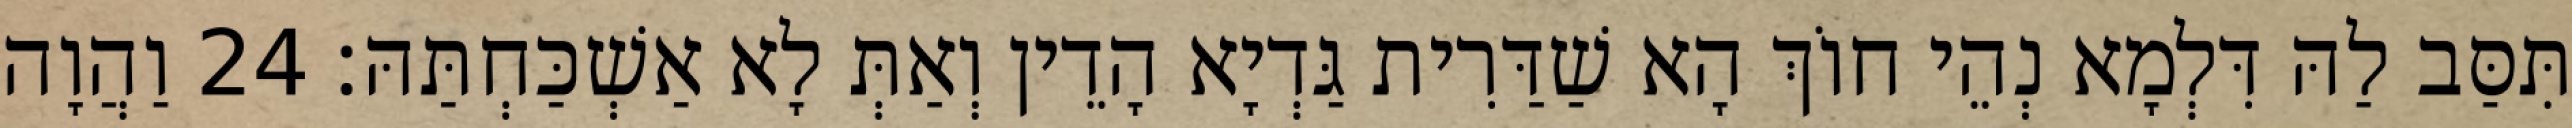
תִּסַּב לַהּ דִּלְמָא נְהֵי חוֹךְ הָא שַׁדַּרִית גַּדְיָא הָדֵין וְאַתְּ לָא אַשְׁכַּחְתַּהּ׃ 24 וַהֲוָה